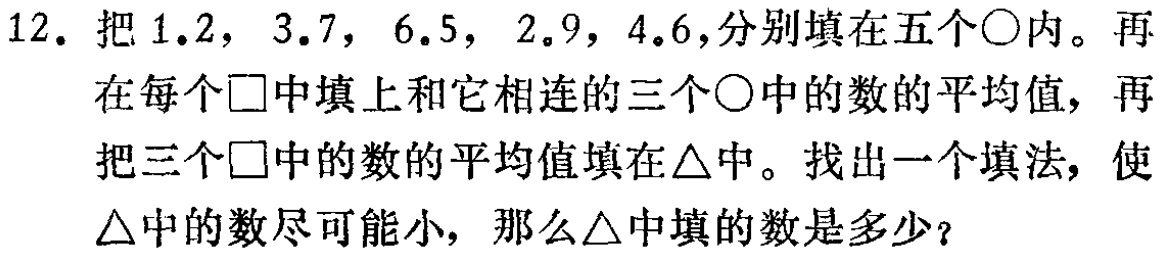
12. 把 \(1.2\)，\(3.7\)，\(6.5\)，\(2.9\)，\(4.6\)，分别填在五个\(\bigcirc\)内。再在每个\(\square\)中填上和它相连的三个\(\bigcirc\)中的数的平均值，再把三个\(\square\)中的数的平均值填在\(\triangle\)中。找出一个填法，使\(\triangle\)中的数尽可能小，那么\(\triangle\)中填的数是多少？